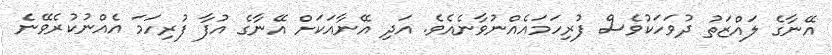
އޭނާގެ ލައްޒަތު ދުވަހަކުވެސް ފުރިހަމައެއްނުވާނެއެވެ. އަދި އޭނާއަކަށް އޭނާގެ އުފާ ފުރިހަމަ އެއްނުކުރެވޭނެ